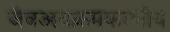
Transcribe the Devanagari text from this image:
जैवअवक्रमकरणीय